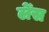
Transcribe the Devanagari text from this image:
लेँस